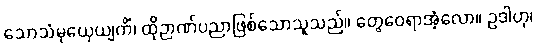
သောသံမုယှေယျကိံ၊ ထိုဉာဏ်ပညာဖြစ်သောသူသည်။ တွေဝေရာအံ့လော။ ဥဒါဟု၊